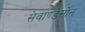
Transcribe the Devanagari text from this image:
सेवाण्डेर्सोन